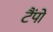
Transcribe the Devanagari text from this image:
टैंपो